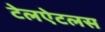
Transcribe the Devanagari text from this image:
टेलऐटलस